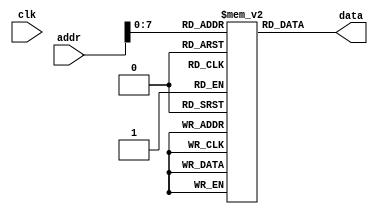
`timescale 1ns / 1ps

////////////////////////////////////////////////////////////////////////////////
// Company:       California State University San Bernardino
//                Tyler Clayton
//
// Module Name:   INSTR_MEM
// Project Name:  MIPS 
// Description:   MIPS Instruction Memory implementation in verilog.
//
// Dependencies:  None
//
////////////////////////////////////////////////////////////////////////////////

module INSTR_MEM(input clk, input [31:0] addr, output reg [31:0] data);
   // Declare the memory block.
	reg [31:0] MEM [128:0];
	
	// Initialize memory.
	initial begin
		/* SET 1 - Using NOPs to mitigate data hazards. 
		MEM[0]  <= 32'b100011_00000_00001_0000_0000_0000_0001;  // LW r1 , 1(r0)
		MEM[1]  <= 32'b100011_00000_00010_0000_0000_0000_0010;  // LW r2 , 2(r0)
		MEM[2]  <= 32'b100011_00000_00011_0000_0000_0000_0011;  // LW r3 , 3(r0)
		MEM[3]  <= 32'b1000_0000_0000_0000_0000_0000_0000_0000; // NOP
		MEM[4]  <= 32'b1000_0000_0000_0000_0000_0000_0000_0000; // NOP
		MEM[5]  <= 32'b000000_00001_00010_00001_00000_100000;   // ADD r1, r1, r2
		MEM[6]  <= 32'b1000_0000_0000_0000_0000_0000_0000_0000; // NOP
		MEM[7]  <= 32'b1000_0000_0000_0000_0000_0000_0000_0000; // NOP
		MEM[8]  <= 32'b1000_0000_0000_0000_0000_0000_0000_0000; // NOP		
		MEM[9]  <= 32'b000000_00001_00011_00001_00000_100000;   // ADD r1, r1, r3		
		MEM[10] <= 32'b1000_0000_0000_0000_0000_0000_0000_0000; // NOP
		MEM[11] <= 32'b1000_0000_0000_0000_0000_0000_0000_0000; // NOP
		MEM[12] <= 32'b1000_0000_0000_0000_0000_0000_0000_0000; // NOP			
		MEM[13] <= 32'b000000_00001_00001_00001_00000_100000;   // ADD r1, r1, r1		
		MEM[14] <= 32'b1000_0000_0000_0000_0000_0000_0000_0000; // NOP
		MEM[15] <= 32'b1000_0000_0000_0000_0000_0000_0000_0000; // NOP
		MEM[16] <= 32'b1000_0000_0000_0000_0000_0000_0000_0000; // NOP
		MEM[17] <= 32'b1000_0000_0000_0000_0000_0000_0000_0000; // NOP		
		MEM[18] <= 32'b000000_00001_00000_00001_00000_100000;   // ADD r1, r1, r0		
		MEM[19] <= 32'b1000_0000_0000_0000_0000_0000_0000_0000; // NOP
		MEM[20] <= 32'b1000_0000_0000_0000_0000_0000_0000_0000; // NOP
		MEM[21] <= 32'b1000_0000_0000_0000_0000_0000_0000_0000; // NOP
		MEM[22] <= 32'b1000_0000_0000_0000_0000_0000_0000_0000; // NOP
		MEM[23] <= 32'b1000_0000_0000_0000_0000_0000_0000_0000; // NOP
		*/
		/* SET 2 - Using ordering of instructions to mitigate data hazards. 
		MEM[0]  <= 32'b100011_00000_00001_0000_0000_0000_0001;  // LW r1, 1(r0)
		MEM[1]  <= 32'b100011_00000_00010_0000_0000_0000_0010;  // LW r2, 2(r0)
		MEM[2]  <= 32'b100011_00000_00011_0000_0000_0000_0011;  // LW r3, 3(r0)
		MEM[3]  <= 32'b100011_00000_00100_0000_0000_0000_0100;  // LW r4, 4(r0)
		MEM[4]  <= 32'b100011_00000_00101_0000_0000_0000_0101;  // LW r5, 5(r0)
		MEM[5]  <= 32'b101011_00000_00001_0000_0000_0000_0110;  // SW r1, 6(r0)
		MEM[6]  <= 32'b101011_00000_00010_0000_0000_0000_0111;  // SW r2, 7(r0)
		MEM[7]  <= 32'b101011_00000_00011_0000_0000_0000_1000;  // SW r3, 8(r0)
		MEM[8]  <= 32'b101011_00000_00100_0000_0000_0000_1001;  // SW r4, 9(r0)
		MEM[9]  <= 32'b101011_00000_00101_0000_0000_0000_1010;  // SW r5, 10(r0)
		*/
		/* SET 3 - Using forwarding to mitigate data hazards. */
		MEM[0] <= 32'b1000_0000_0000_0000_0000_0000_0000_0000; // NOP
		MEM[1]  <= 32'b001000_00001_00001_0000000000000001;   // ADD r1, r1, 1
		MEM[2]  <= 32'b001000_00010_00010_0000000000000010;   // ADD r2, r2, 2
		
	end

   // Assign the contents at the requested memory address to data.
	always @ *
	begin
		data <= MEM[addr];
	end
endmodule